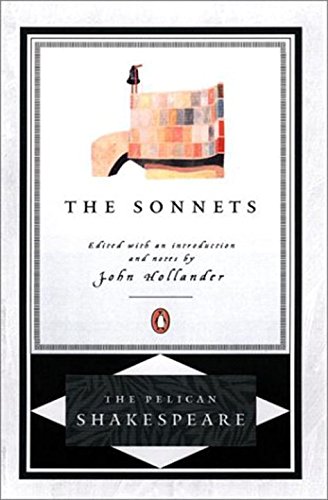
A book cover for The Sonnets (The Pelican Shakespeare); William Shakespeare; Literature & Fiction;